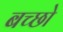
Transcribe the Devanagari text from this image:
बच्छो